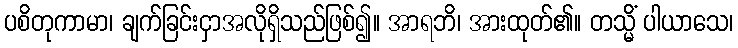
ပစိတုကာမာ၊ ချက်ခြင်းငှာအလိုရှိသည်ဖြစ်၍။ အာရဘိ၊ အားထုတ်၏။ တသ္မိံ ပါယာသေ၊